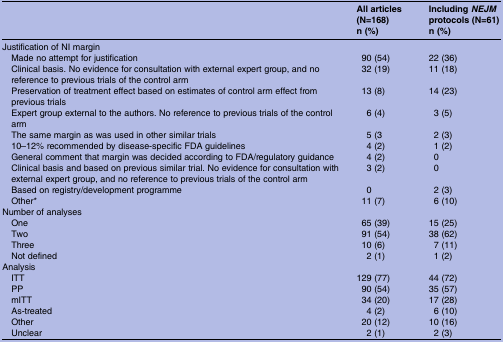
<table><thead><tr><td></td><td><b>All articles (N=168)</b></td><td><b>Including <i>NEJM</i> protocols (N=61)</b></td></tr><tr><td></td><td><b>n (%)</b></td><td><b>n (%)</b></td></tr></thead><tbody><tr><td colspan="3">Justification of NI margin</td></tr><tr><td> Made no attempt for justification</td><td>90 (54)</td><td>22 (36)</td></tr><tr><td> Clinical basis. No evidence for consultation with external expert group, and no reference to previous trials of the control arm</td><td>32 (19)</td><td>11 (18)</td></tr><tr><td> Preservation of treatment effect based on estimates of control arm effect from previous trials</td><td>13 (8)</td><td>14 (23)</td></tr><tr><td> Expert group external to the authors. No reference to previous trials of the control arm</td><td>6 (4)</td><td>3 (5)</td></tr><tr><td> The same margin as was used in other similar trials</td><td>5 (3</td><td>2 (3)</td></tr><tr><td> 10–12% recommended by disease-specific FDA guidelines</td><td>4 (2)</td><td>1 (2)</td></tr><tr><td> General comment that margin was decided according to FDA/regulatory guidance</td><td>4 (2)</td><td>0</td></tr><tr><td> Clinical basis and based on previous similar trial. No evidence for consultation with external expert group, and no reference to previous trials of the control arm</td><td>3 (2)</td><td>0</td></tr><tr><td> Based on registry/development programme</td><td>0</td><td>2 (3)</td></tr><tr><td> Other*</td><td>11 (7)</td><td>6 (10)</td></tr><tr><td colspan="3">Number of analyses</td></tr><tr><td> One</td><td>65 (39)</td><td>15 (25)</td></tr><tr><td> Two</td><td>91 (54)</td><td>38 (62)</td></tr><tr><td> Three</td><td>10 (6)</td><td>7 (11)</td></tr><tr><td> Not defined</td><td>2 (1)</td><td>1 (2)</td></tr><tr><td colspan="3">Analysis</td></tr><tr><td> ITT</td><td>129 (77)</td><td>44 (72)</td></tr><tr><td> PP</td><td>90 (54)</td><td>35 (57)</td></tr><tr><td> mITT</td><td>34 (20)</td><td>17 (28)</td></tr><tr><td> As-treated</td><td>4 (2)</td><td>6 (10)</td></tr><tr><td> Other</td><td>20 (12)</td><td>10 (16)</td></tr><tr><td> Unclear</td><td>2 (1)</td><td>2 (3)</td></tr></tbody></table>